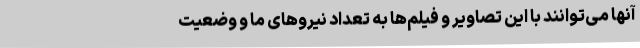
آنها می‌توانند با این تصاویر و فیلم‌ها به تعداد نیروهای ما و وضعیت